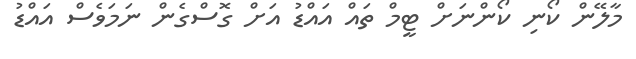
މާލޭން ކޯނި ކޯންނަށް ޓީމް ތައް އައްޑު އަށް ގޮސްގެން ނަމަވެސް އައްޑު